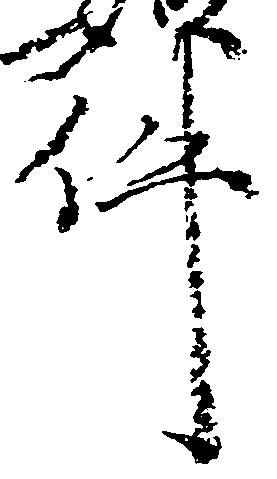
件